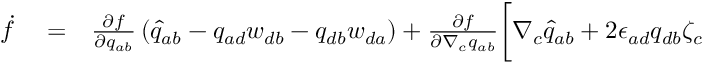
\begin{array} { r l r } { \dot { f } } & { { } = } & { \frac { \partial f } { \partial q _ { a b } } \left( \widehat { q } _ { a b } - q _ { a d } w _ { d b } - q _ { d b } w _ { d a } \right) + \frac { \partial f } { \partial \nabla _ { c } q _ { a b } } \bigg [ \nabla _ { c } \widehat { q } _ { a b } + 2 \epsilon _ { a d } q _ { d b } \zeta _ { c } } \end{array}